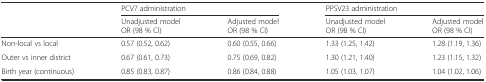
<table><thead><tr><td></td><td colspan="2"><b>PCV7 administration</b></td><td colspan="2"><b>PPSV23 administration</b></td></tr><tr><td></td><td><b>Unadjusted model OR (98 % CI)</b></td><td><b>Adjusted model OR (98 % CI)</b></td><td><b>Unadjusted model OR (98 % CI)</b></td><td><b>Adjusted model OR (98 % CI)</b></td></tr></thead><tbody><tr><td>Non-local vs local</td><td>0.57 (0.52, 0.62)</td><td>0.60 (0.55, 0.66)</td><td>1.33 (1.25, 1.42)</td><td>1.28 (1.19, 1.36)</td></tr><tr><td>Outer vs inner district</td><td>0.67 (0.61, 0.73)</td><td>0.75 (0.69, 0.82)</td><td>1.30 (1.21, 1.40)</td><td>1.23 (1.15, 1.32)</td></tr><tr><td>Birth year (continuous)</td><td>0.85 (0.83, 0.87)</td><td>0.86 (0.84, 0.88)</td><td>1.05 (1.03, 1.07)</td><td>1.04 (1.02, 1.06)</td></tr></tbody></table>